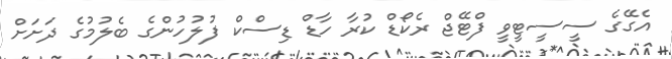
އެގޭގެ ސީސީޓީވީ ފްޓޭޖް ރެކޯޑް ކުރާ ހާޑް ޑިސްކް ފުލުހުންގެ ބެލުމުގެ ދަށަށް